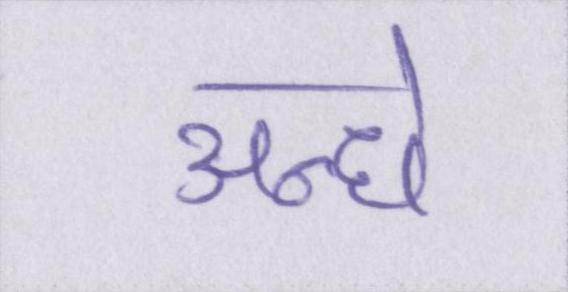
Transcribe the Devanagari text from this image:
अन्धे